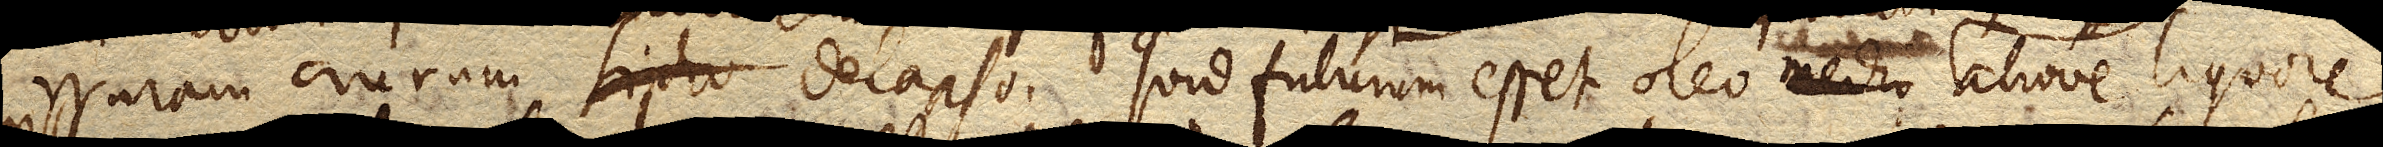
crurum delapso. Quid futurum esset oleo medio aliove liquore